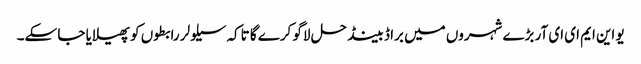
یو این ایم ای ای آر بڑے شہروں میں براڈ بینڈ حل لاگو کرے گا تاکہ سیلولر رابطوں کو پھیلایا جا سکے۔